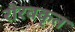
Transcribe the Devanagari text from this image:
रौरवकृत